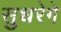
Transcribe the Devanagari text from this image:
सुधरेगे